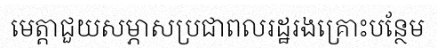
មេត្តាជួយសម្ភាសប្រជាពលរដ្ឋរងគ្រោះបន្ថែម